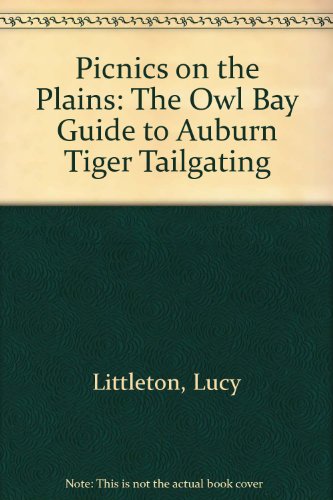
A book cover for Picnics on the Plains: The Owl Bay Guide to Auburn Tiger Tailgating; Lucy Littleton; Cookbooks, Food & Wine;